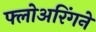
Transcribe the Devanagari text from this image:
फ्लोअरिंगने